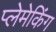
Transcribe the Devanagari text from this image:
प्लेमेकिंग